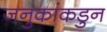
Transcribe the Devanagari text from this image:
जनुकांकडुन